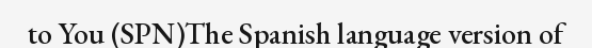
to You (SPN)The Spanish language version of